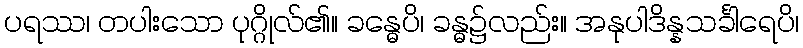
ပရဿ၊ တပါးသော ပုဂ္ဂိုလ်၏။ ခန္ဓေပိ၊ ခန္ဓ၌လည်း။ အနုပါဒိန္နသင်္ခါရေပိ၊